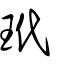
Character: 玳